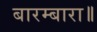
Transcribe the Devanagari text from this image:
बारम्बारा॥